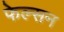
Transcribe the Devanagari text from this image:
फेल्सन